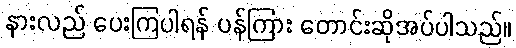
နားလည် ပေးကြပါရန် ပန်ကြား တောင်းဆိုအပ်ပါသည်။